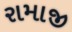
રામાજી